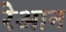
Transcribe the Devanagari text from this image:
रेआन